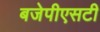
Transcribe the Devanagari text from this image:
बजेपीएसटी